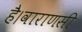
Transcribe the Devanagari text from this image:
है।वाराणसी